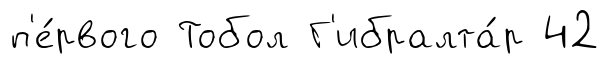
п'е́рвого Тобол Г'ибралта́р 42